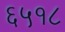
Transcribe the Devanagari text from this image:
६५१८